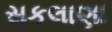
સકલાણા